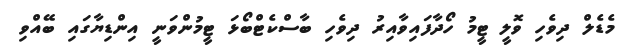
މެޑެލް ދިވެހި ވޮލީ ޓީމު ހޯދާފައިވާއިރު ދިވެހި ބާސްކެޓްބޯޅަ ޓީމުންވަނީ އިންޑިޔާގައި ބޭއްވި